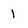
Character: 1